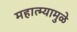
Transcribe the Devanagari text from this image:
महात्म्यामुळे